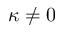
\kappa \ne 0